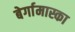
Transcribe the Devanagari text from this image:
बेर्गामास्का